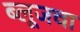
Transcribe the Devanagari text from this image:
ब्लूजचा